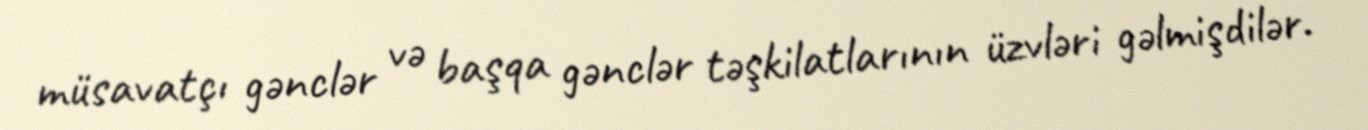
müsavatçı gənclər və başqa gənclər təşkilatlarının üzvləri gəlmişdilər.